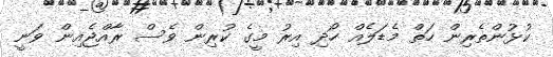
ކުޅުންތެރިން ހަތް މެޑަލެއް ހޯދި އިރު މީގެ ކުރިން ވެސް ރާއްޖެއިން ވަނީ